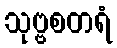
သုဗ္ဗစတရံ